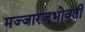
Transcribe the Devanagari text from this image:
मज्जारजूभोवती